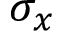
\sigma _ { x }